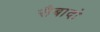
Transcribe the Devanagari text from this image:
सैबादो